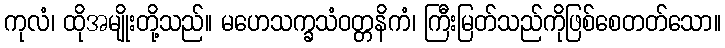
ကုလံ၊ ထိုအမျိုးတို့သည်။ မဟေသက္ခသံဝတ္တနိကံ၊ ကြီးမြတ်သည်ကိုဖြစ်စေတတ်သော။